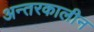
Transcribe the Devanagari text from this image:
अन्तरकालीन